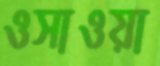
ওসাওয়া